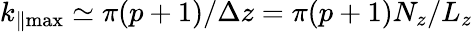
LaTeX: k_{\parallel\operatorname*{max}}\simeq\pi(p+1)/\Delta z=\pi(p+1)N_{z}/L_{z}